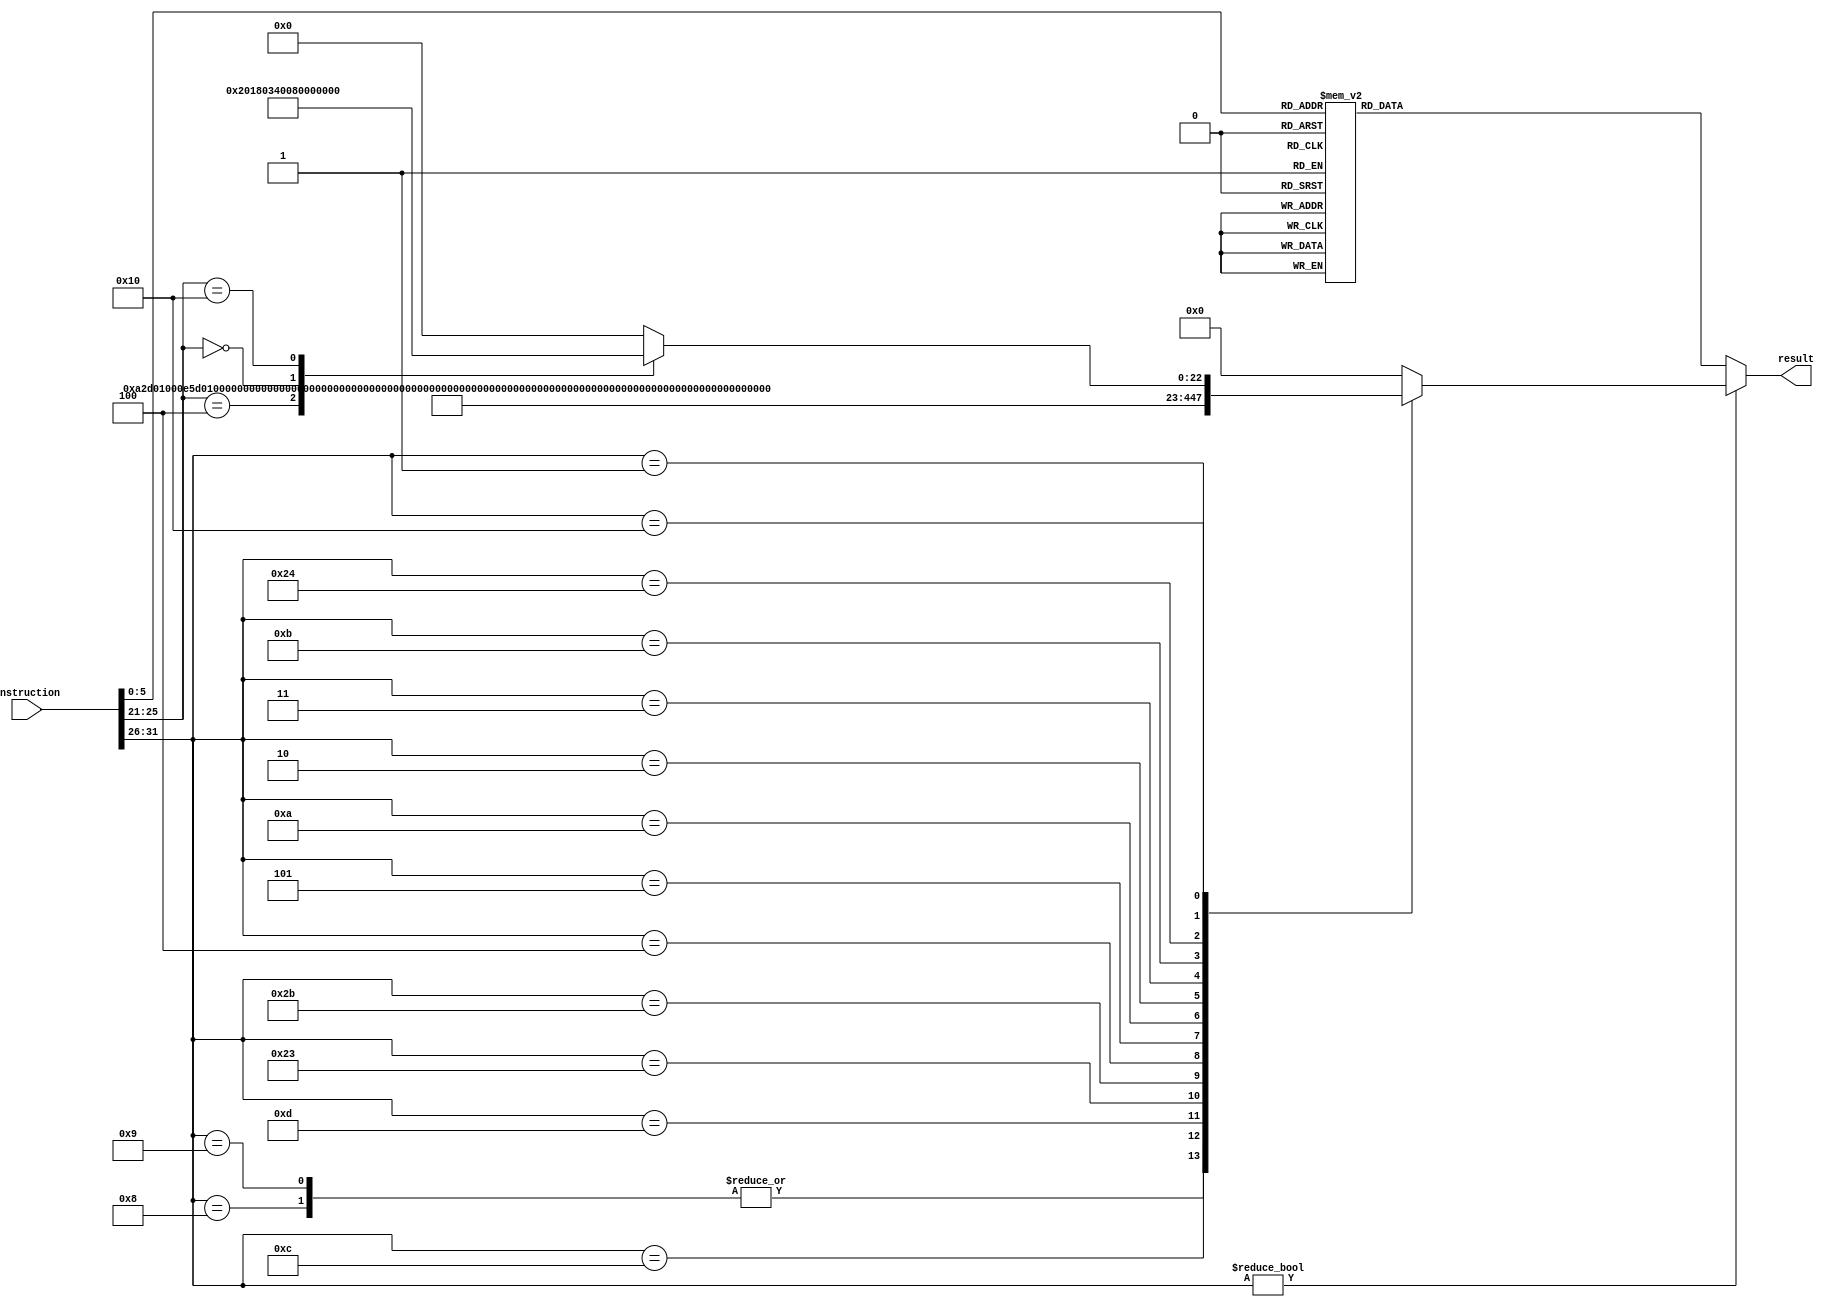
`timescale 10ns / 1ns
//////////////////////////////////////////////////////////////////////////////////
// Company: HUST
//
// Design Name:
// Module Name: controller
// Project Name:
// Target Devices:
// Tool Versions:
// Description:
//
// Dependencies:
//
// Revision:
// Revision 0.01 - File Created
// Additional Comments:
//
//////////////////////////////////////////////////////////////////////////////////

// @brief CPU controller

module Controller(
        input wire[31: 0] instruction,
//        output wire[3: 0] aluOperator,
//        output wire[1: 0] aluX,
//        output wire[2: 0] aluY,
//        output wire regWriteEnable,
//        output wire[1: 0] regWriteDestinationControl,
//        output wire regWriteSourceControl,
//        output wire ramWrite,
//        output wire[1: 0] pcWrite,
//        output wire jump,
//        output wire syscall,
//        output wire lbu,
//        output wire bltz,
//        output wire regARead,
//        output wire regBRead,
	output reg[31: 0] result = 0
    );

    wire[5: 0] operator;
    wire[5: 0] special;
    wire[4: 0] interrupt;
    assign operator = instruction[31: 26];
    assign special = instruction[5: 0];
    assign interrupt = instruction[25: 21];
    // reg[31: 0] result;

    //  result layout
    //   aluOperator aluX aluY rWE rWD rWS ramWrite pcWrite jump syscall lbu bltz rARead rBRead mfc0 mtc0 eret RESERVED
    //  |          |    |    |   |   |   |        |       |    |       |   |    |      |      |    |    |    |        |
    // 32         28   26   23  22  20  19       18      16   15      14  13   12     11     10    9    8    7        0
    // first bit of RESERVE is lbu
    // second bit of RESERVE is bltz

    //assign aluOperator = result[31: 28];
    //assign aluX = result[27: 26];
    //assign aluY = result[25: 23];
    //assign regWriteEnable = result[22];
    //assign regWriteDestinationControl = result[21: 20];
    //assign regWriteSourceControl = result[19];
    //assign ramWrite = result[18];
    //assign pcWrite = result[17: 16];
    //assign jump = result[15];
    //assign syscall = result[14];
    //assign lbu = result[13];
    //assign bltz = result[12];
    //assign regARead = result[11];
    //assign regBRead = result[10];

    always @ (operator, special, interrupt) begin
        if(operator) begin
            case (operator)
                //                                 22   19     15  13  11
                //                    32  28 26  23 | 20 |18 16 |14 |12 |10          0
                //                     |   |  |   | |  | | |  | | | | | | |          |
                6'b001000: result = 32'b0101_00_010_1_10_1_0_00_0_0_0_0_1_0_000_0000000; // addi
                6'b001001: result = 32'b0101_00_010_1_10_1_0_00_0_0_0_0_1_0_000_0000000; // addiu
                6'b001100: result = 32'b0111_00_101_1_10_1_0_00_0_0_0_0_1_0_000_0000000; // andi
                6'b001101: result = 32'b1000_00_101_1_10_1_0_00_0_0_0_0_1_0_000_0000000; // ori
                6'b100011: result = 32'b0101_00_010_1_10_0_0_00_0_0_0_0_1_0_000_0000000; // lw
                6'b101011: result = 32'b0101_00_010_0_10_1_1_00_0_0_0_0_1_1_000_0000000; // sw
                6'b000100: result = 32'b1110_00_000_0_10_1_0_10_0_0_0_0_1_1_000_0000000; // beq
                6'b000101: result = 32'b1110_00_000_0_10_1_0_11_0_0_0_0_1_1_000_0000000; // bne
                6'b001010: result = 32'b1011_00_010_1_10_1_0_00_0_0_0_0_1_0_000_0000000; // slti
                6'b000010: result = 32'b0000_00_000_0_10_1_0_00_1_0_0_0_0_0_000_0000000; // j
                6'b000011: result = 32'b0101_10_011_1_11_1_0_00_1_0_0_0_0_0_000_0000000; // jal
                6'b001011: result = 32'b1100_00_010_1_10_1_0_00_0_0_0_0_1_0_000_0000000; // sltiu (HuSixu's ccmb)
                6'b100100: result = 32'b0101_00_010_1_10_0_0_00_0_0_1_0_1_0_000_0000000; // lbu (HuSixu's ccmb)
                6'b000001: result = 32'b1011_00_000_0_10_1_0_00_0_0_0_1_1_0_000_0000000; // bltz (HuSixu's ccmb)
                6'b010000: begin
                    case (interrupt)
                 5'b00100: result = 32'b0000_00_000_0_00_1_0_00_0_0_0_0_0_1_100_0000000; // mtc0
                 5'b00000: result = 32'b0000_00_000_1_10_1_0_00_0_0_0_0_0_0_010_0000000; // mfc0
                 5'b10000: result = 32'b0000_00_000_0_00_0_0_00_0_0_0_0_0_0_001_0000000; // eret
                 default: result = 32'h0;
                    endcase
                end
                default: result = 32'h0;
            endcase
        end else begin
            case (special)
                6'b100000: result = 32'b0101_00_000_1_00_1_0_00_0_0_0_0_1_1_000_0000000; // add
                6'b100001: result = 32'b0101_00_000_1_00_1_0_00_0_0_0_0_1_1_000_0000000; // addu
                6'b100100: result = 32'b0111_00_000_1_00_1_0_00_0_0_0_0_1_1_000_0000000; // and
                6'b000000: result = 32'b0000_01_001_1_00_1_0_00_0_0_0_0_0_1_000_0000000; // sll
                6'b000011: result = 32'b0001_01_001_1_00_1_0_00_0_0_0_0_0_1_000_0000000; // sra
                6'b000010: result = 32'b0010_01_001_1_00_1_0_00_0_0_0_0_1_1_000_0000000; // srl
                6'b100010: result = 32'b0110_00_000_1_00_1_0_00_0_0_0_0_1_1_000_0000000; // sub
                6'b100101: result = 32'b1000_00_000_1_00_1_0_00_0_0_0_0_1_1_000_0000000; // or
                6'b100111: result = 32'b1010_00_000_1_00_1_0_00_0_0_0_0_1_1_000_0000000; // nor
                6'b101010: result = 32'b1011_00_000_1_00_1_0_00_0_0_0_0_1_1_000_0000000; // slt
                6'b101011: result = 32'b1100_00_000_1_00_1_0_00_0_0_0_0_1_1_000_0000000; // sltu
                6'b001000: result = 32'b0000_00_000_0_00_1_0_01_0_0_0_0_1_0_000_0000000; // jr
                6'b001100: result = 32'b0000_00_000_0_00_1_0_00_0_1_0_0_1_1_000_0000000; // sys
                6'b000110: result = 32'b0010_01_100_1_00_1_0_00_0_0_0_0_0_1_000_0000000; // srlv (HuSixu's ccmb)
                default: result = 32'h0;
            endcase
        end
    end
endmodule